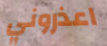
اعذروني